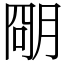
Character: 𬚽